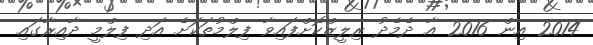
2014 އިން 2016 އާ ދެމެދު ރިލީޒްކޮށްފައިވާ ފިލްމުތަކަށެ އަދި ފިލްމީ ދާއިރާގައި